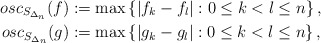
\begin{align*}osc_{S_{\Delta_n}}(f)&:=\max \left\{\left|f_{k}-f_{l}\right|:0\leq k<l\leq n\right\},\\osc_{S_{\Delta_n}}(g)&:=\max \left\{\left|g_{k}-g_{l}\right|:0\leq k<l\leq n\right\},\end{align*}